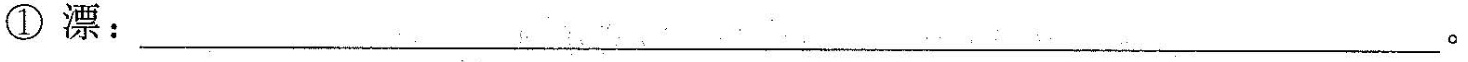
①漂;___.